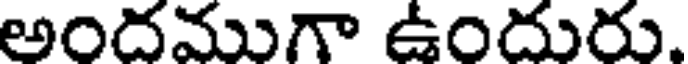
అందముగా ఉందురు.